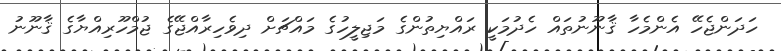
ހަދަންޖެހޭ އެންމެހާ ޤާނޫނުތައް ހެދުމަކީ ރައްޔިތުންގެ މަޖިލީހުގެ މައްޗަށް ދިވެހިރާއްޖޭގެ ޖުމްހޫރިއްޔާގެ ޤާނޫނު